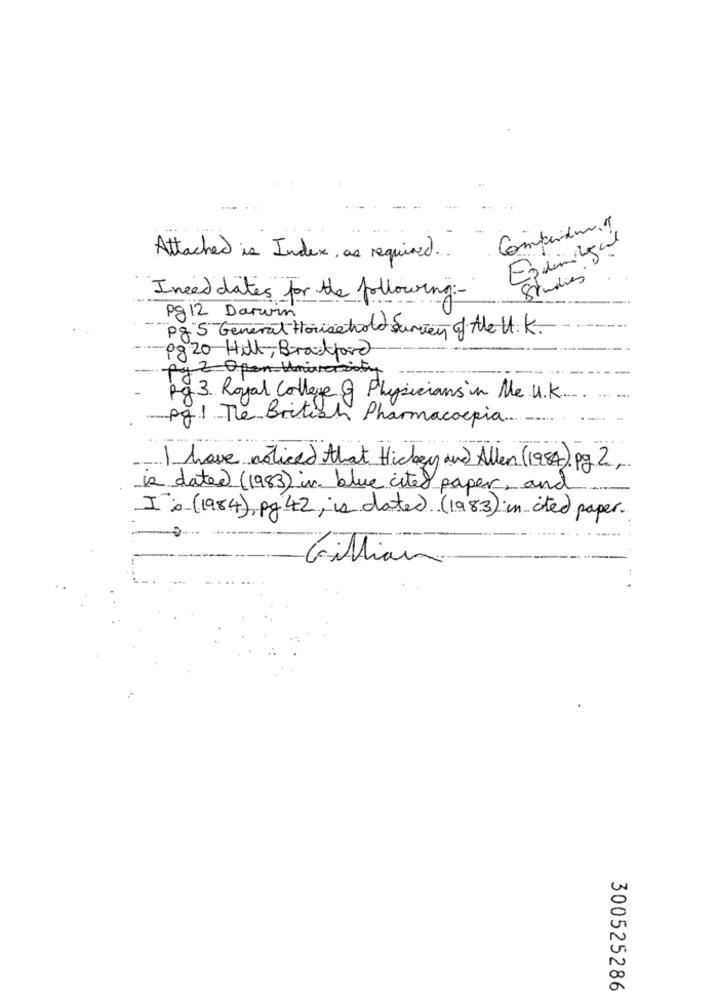
Attached is Index, as required ...
Studies
I need dates for the following :-
Pg 12 Darwin
Pg 5 General Household Survey of the U. K.
0820 Hill, Brakford
fyzity
Rg 3. Royal College Of Physicians in Me. U.K ..
pg1 The British Pharmacoepia ........
..... ..
Ihave noticed that Hickey and Allen (1954) pg 2,
is dated (1983) in blue cited paper, and
Is (1984), pg 42, is dated (1983) in ited paper.
Gillian
300525286